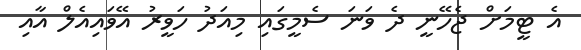
އެ ޓީމަށް ޖެހޭނީ ދެ ވަނަ ސެމީގައި މިއަދު ހަވީރު އޭވައިއެލް އާއި